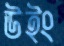
উইং